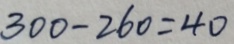
3 0 0 - 2 6 0 = 4 0